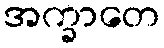
အက္ခာတေ